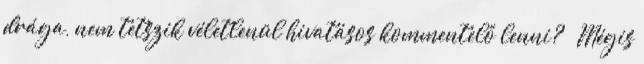
drága, nem tetszik véletlenül hivatásos kommentelő lenni? 😉 Mégis